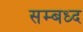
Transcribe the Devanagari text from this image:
सम्बध्द